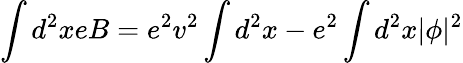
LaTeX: \int d^{2}xeB=e^{2}v^{2}\int d^{2}x-e^{2}\int d^{2}x|\phi|^{2}